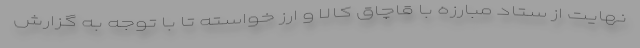
نهایت از ستاد مبارزه با قاچاق کالا و ارز خواسته تا با توجه به گزارش